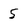
Character: 5